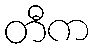
တီက